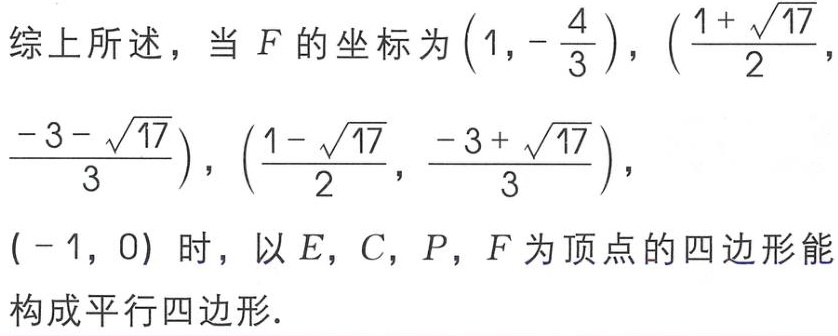
综上所述，当 \(F\) 的坐标为 \(\left(1,-\frac{4}{3}\right)\)，\(\left(\frac{1 + \sqrt{17}}{2},\frac{-3 - \sqrt{17}}{3}\right)\)，\(\left(\frac{1 - \sqrt{17}}{2},\frac{-3 + \sqrt{17}}{3}\right)\)，\(( - 1,0)\) 时，以 \(E\)，\(C\)，\(P\)，\(F\) 为顶点的四边形能构成平行四边形．